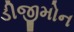
ડીજીમોન